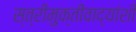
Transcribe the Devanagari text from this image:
स्त्रीमुक्तीवाद्यांशी